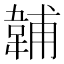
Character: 䪔